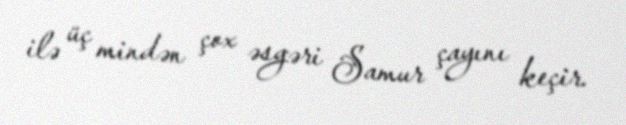
ilə üç mindən çox əsgəri Samur çayını keçir.